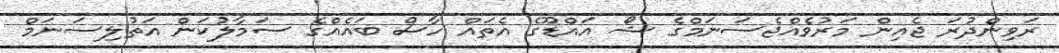
ރަވިންދުރަ ޖެއިން މަރުވެއްޖެސަނަމްގެ ޝޯ އައްޑޫގެ އެތައް ހާސް ބައެއްގެ ސަމާލުކަން އަތުލިސަނަމް